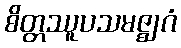
စိတ္တဿူပသမဇ္ဈဂံ